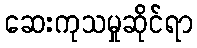
ဆေးကုသမှုဆိုင်ရာ